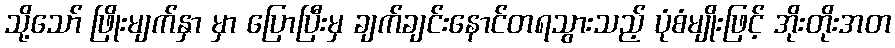
သို့သော် ဖြိုးမျက်နှာ မှာ ပြောပြီးမှ ချက်ချင်းနောင်တရသွားသည့် ပုံစံမျိုးဖြင့် အိုးတိုးအတ